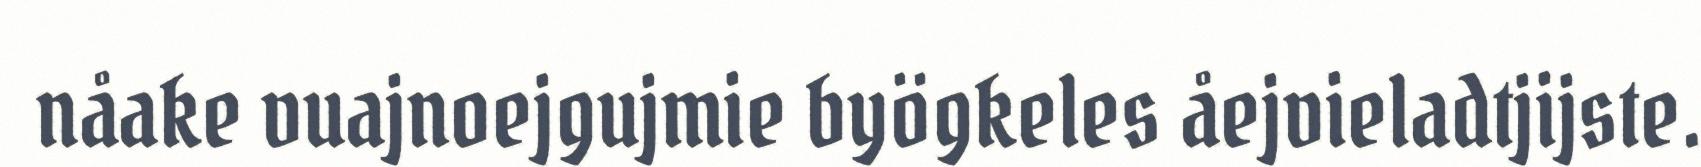
nåake vuajnoejgujmie byögkeles åejvieladtjijste.